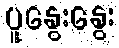
ပူနွေးနွေး